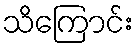
သိကြောင်း